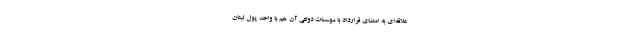
علاقه‌ای به امضای قرارداد با موسسات دولتی آن هم با واحد پول لبنان